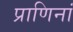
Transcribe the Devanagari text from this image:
प्राणिनां